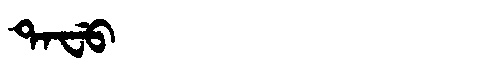
Manchu: ᡨᠠᠸᡠ
Romanization: TAFU